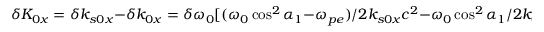
\delta K _ { 0 x } = \delta k _ { s 0 x } - \delta k _ { 0 x } = \delta \omega _ { 0 } [ ( \omega _ { 0 } \cos ^ { 2 } \alpha _ { 1 } - \omega _ { p e } ) / 2 k _ { s 0 x } c ^ { 2 } - \omega _ { 0 } \cos ^ { 2 } \alpha _ { 1 } / 2 k _ { 0 x } c ^ { 2 } ]